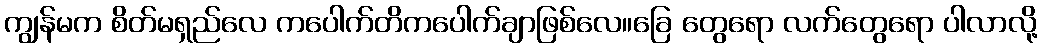
ကျွန်မက စိတ်မရှည်လေ ကပေါက်တိကပေါက်ချာဖြစ်လေ။ခြေ တွေရော လက်တွေရော ပါလာလို့